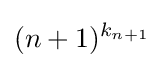
({n+1})^{k_{n+1}}